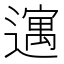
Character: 𫑈